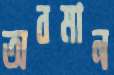
অবমান